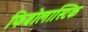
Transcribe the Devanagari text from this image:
फिब्रोलास्टिक